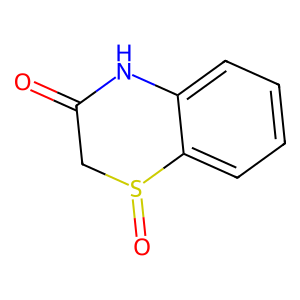
SMILES: O=C1CS(=O)c2ccccc2N1
Inhibits HIV replication: No